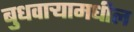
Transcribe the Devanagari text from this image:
बुधवार्‍यामधील